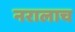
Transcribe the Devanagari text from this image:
नरालाच